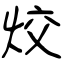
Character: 烄